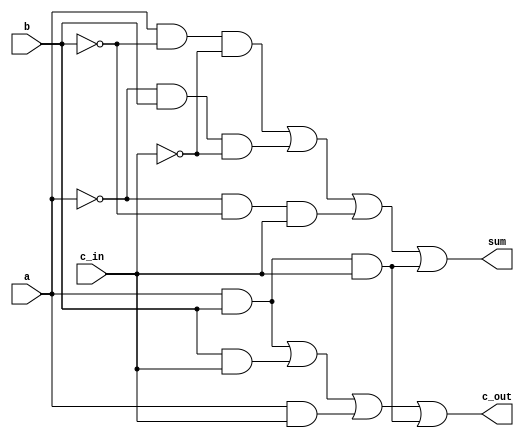
`timescale 1ns / 1ns
//////////////////////////////////////////////////////////////////////////////////
// Company: 
// Engineer: 
// 
// Design Name: 
// Module Name:    FA_str 
// Project Name: 
// Target Devices: 
// Tool versions: 
// Description: 
//
// Dependencies: 
//
// Revision: 
// Revision 0.01 - File Created
// Additional Comments: 
//
//////////////////////////////////////////////////////////////////////////////////
`define	D		1		// definition of the delay

module FA_str(c_out, sum, a, b, c_in);

//parameter D = 0;		

input		a, b, c_in; //declare inputs a, b and c_in, 1 bit each
output	c_out, sum; //declare outputs c_out and sum, 1 bit each
//declare wires for values being passed between different gates
wire		not_a, not_b, not_c;
wire		and1_out, and2_out, and3_out, and4_out;
wire		and5_out, and6_out, and7_out, and8_out;

not	   not1		(not_a, a);
not	   not2		(not_b, b);
not		not3		(not_c, c_in);

// get sum
and	#`D		and1		(and1_out, a, not_b, not_c);
and	#`D		and2		(and2_out, not_a, b, not_c);
and	#`D		and3		(and3_out, not_a, not_b, c_in);
and	#`D		and4		(and4_out, a, b, c_in);
or		#`D		or1		(sum, and1_out, and2_out, and3_out, and4_out);

// get c_out							
and	#`D		and5		(and5_out, a, b);
and	#`D		and6		(and6_out, b, c_in);
and	#`D		and7		(and7_out, a, c_in);
and	#`D		and8		(and8_out, a, b, c_in);
or		#`D		or2		(c_out, and5_out, and6_out, and7_out, and8_out);


endmodule